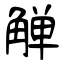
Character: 觯